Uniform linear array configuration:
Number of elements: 32
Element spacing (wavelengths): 0.25
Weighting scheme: cosine
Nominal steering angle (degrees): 60
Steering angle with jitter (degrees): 59.058
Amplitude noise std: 0.05
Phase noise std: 0.05

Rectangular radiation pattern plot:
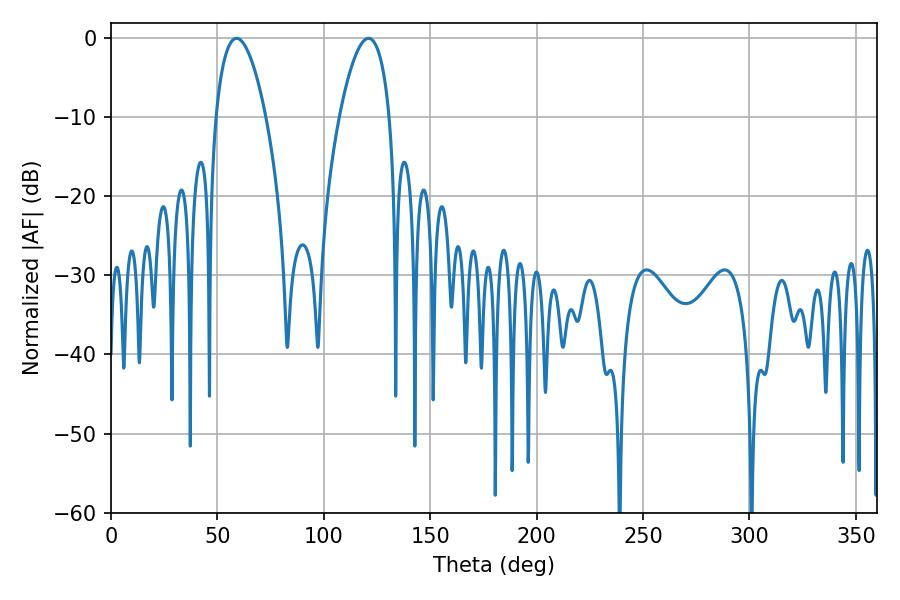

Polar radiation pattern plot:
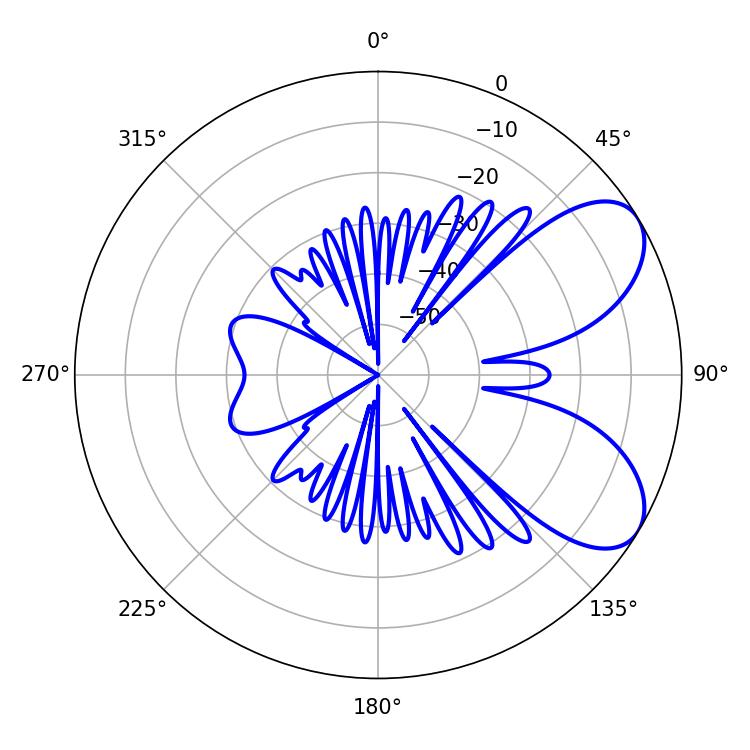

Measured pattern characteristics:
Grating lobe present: FALSE
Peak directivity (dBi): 6.753
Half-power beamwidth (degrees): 13.14
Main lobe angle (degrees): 59.04